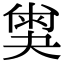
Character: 𡙪